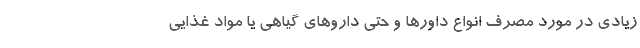
زیادی در مورد مصرف انواع داورها و حتی داروهای گیاهی یا مواد غذایی